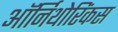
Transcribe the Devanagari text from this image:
ऑर्निथोरिंकस